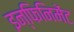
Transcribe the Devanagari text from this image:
इन्फिनिमेंट